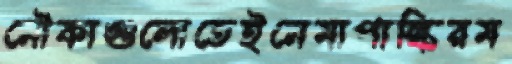
নৌকাগুলোতেইনেমাপাল্কিরম